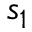
s _ { 1 }